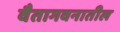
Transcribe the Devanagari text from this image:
वैतागवनातील